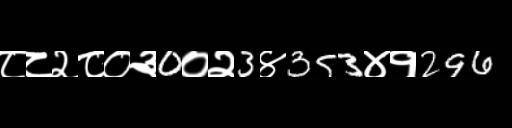
Text: ८८२८०३0०२3४353४१296